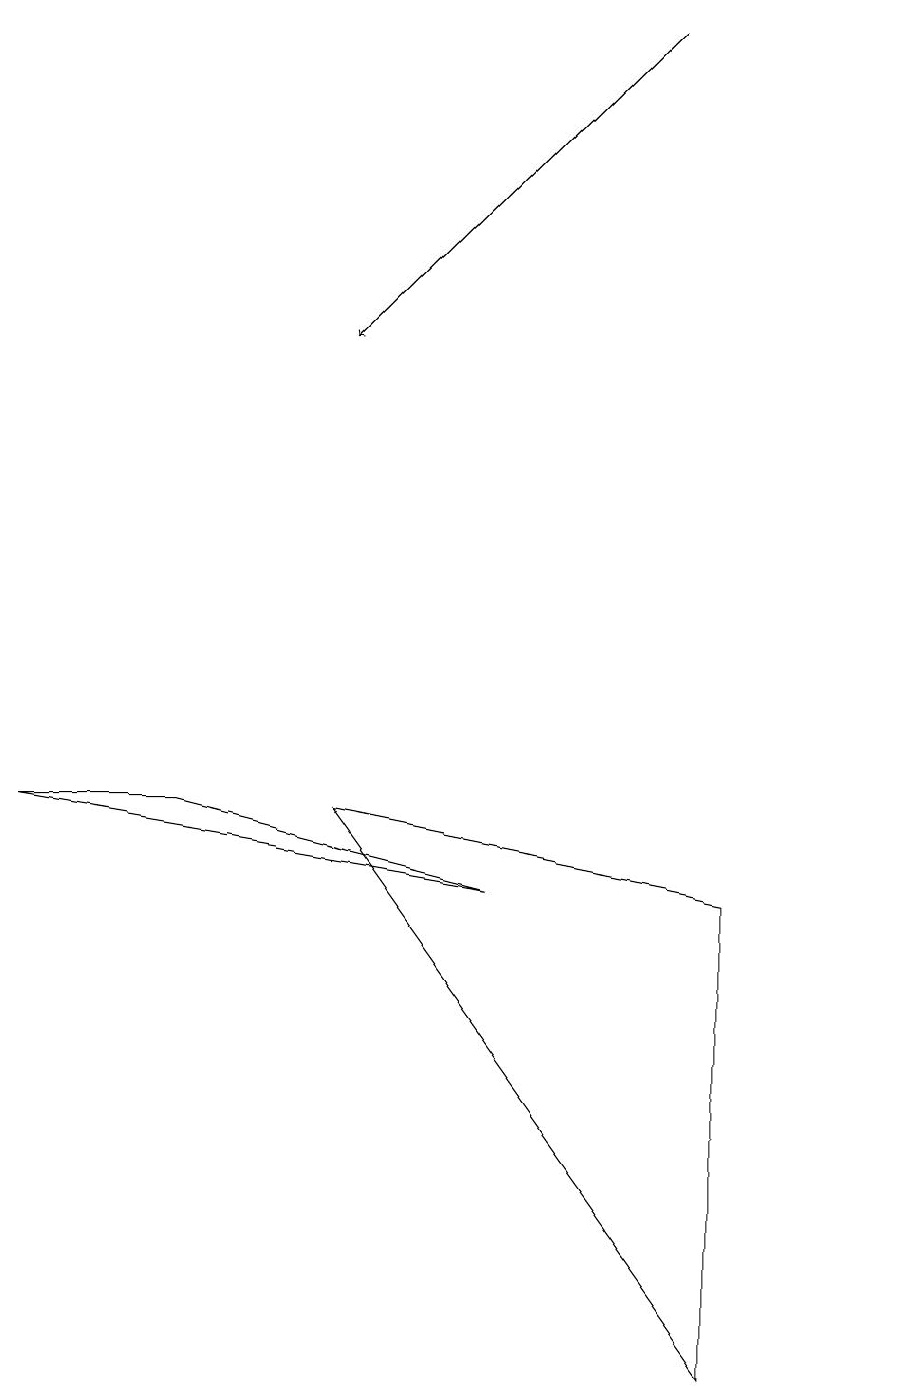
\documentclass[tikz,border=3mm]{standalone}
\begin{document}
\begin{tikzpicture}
\draw[->] (8,19) -- (4,15);
\draw (6,8) -- (0,9) -- (2,9) -- cycle;
\draw (9,8) -- (4,9) -- (9,2) -- cycle;
\draw (11,10) circle (0);
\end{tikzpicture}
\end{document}